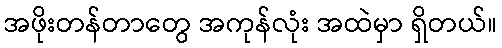
အဖိုးတန်တာတွေ အကုန်လုံး အထဲမှာ ရှိတယ်။